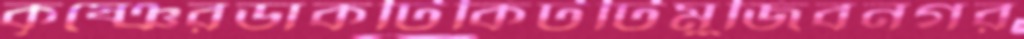
কৃষ্ঞেরডাকটিকিটটিমুজিবনগর